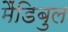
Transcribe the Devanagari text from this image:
मैंडिबुल